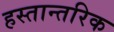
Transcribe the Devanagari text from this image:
हस्तान्तरिक